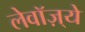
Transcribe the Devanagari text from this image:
लेवॉज़्ये